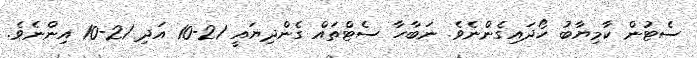
ސެޓުން ކާމިޔާބު ހޯދައިގެންނެވެ. ނަބާހާ ސެޓްތައް ގެންދިޔައީ 21-10 އަދި 21-10 އިންނެވެ.